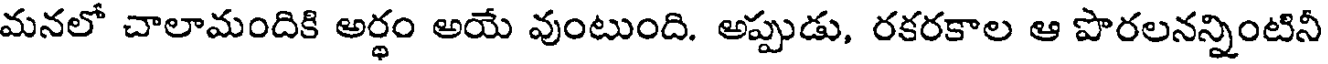
మనలో చాలామందికి అర్ధం అయే వుంటుంది. అప్పుడు, రకరకాల ఆ పొరలనన్నింటినీ